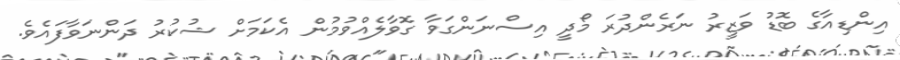
އިންޑިއާގެ ބޮޑު ވަޒީރު ނަރެންދުރަ މޯދީ އިސްނަންގަވާ ގޮވާލެއްވުމުން އެކަމަށް ޝުކުރު ދަންނަވާފައެވެ.